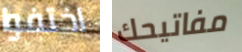
اختفوا مفاتيحك